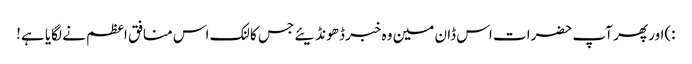
:)اور پھر آپ حضرات اس ڈان مین وہ خبر ڈھونڈیئے جس کا لنک اس منافق اعظم نے لگایا ہے!